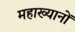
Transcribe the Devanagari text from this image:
महाख्यानों